Lunatic asylums Central Provinces reports 1895-1909 - 1895-1909
Year: 1895
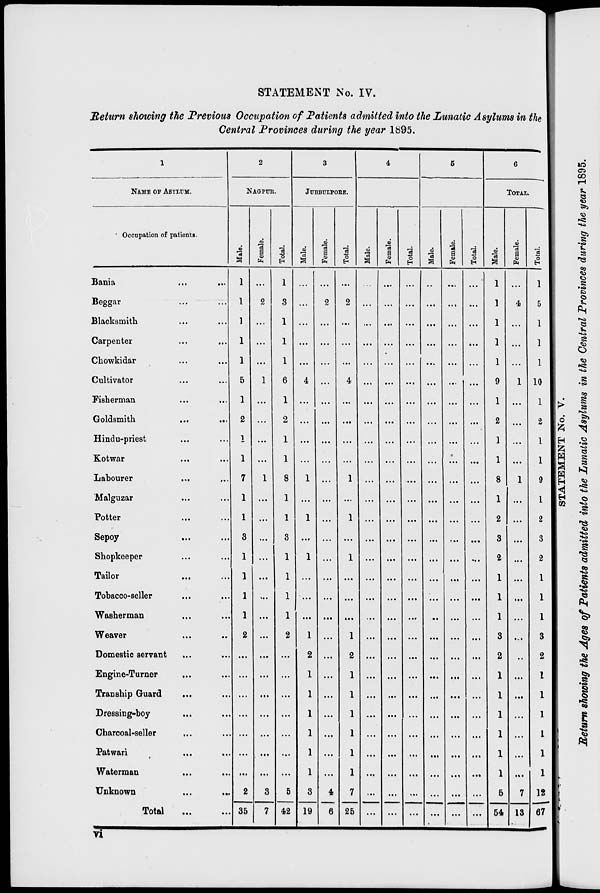
STATEMENT No. IV.
Return showing the Previous Occupation of Patients admitted into the Lunatic Asylums in the
Central Provinces during the year 1895.
1
NAME OF ASYLUM.
Occupation of patients.
Bania
...
...
Beggar ... ...
Blacksmith ... ...
Carpenter ... ...
Chowkidar ... ...
Cultivator ... ...
Fisherman ... ...
Goldsmith ... ...
Hindu-priest ... ...
Kotwar
...
...
Labourer ... ...
Malguzar ... ...
Potter ... ...
Sepoy
...
...
Shopkeeper ... ...
Tailor ... ...
Tobacco-seller ... ...
Washerman ... ...
Weaver ... ...
Domestic servant ... ...
Engine-Turner ... ...
Tranship Guard ... ...
Dressing-boy ... ...
Charcoal-seller ... ...
Patwari ... ...
Waterman ... ...
Unknown ... ...
Total ... ...
2
NAGPUR.
Male.
1
1
1
1
1
5
1
2
1
1
7
1
1
3
1
1
1
1
2
...
...
...
...
...
...
...
2
35
Female.
...
2
...
...
...
1
...
...
...
...
1
...
...
...
...
...
...
...
...
...
...
...
...
...
...
...
3
7
Total.
1
3
1
1
1
6
1
2
1
1
8
1
1
3
1
1
1
1
2
...
...
...
...
...
...
...
5
42
3
JUBBULPORE.
Male.
...
...
...
...
...
4
...
...
...
...
1
...
1
...
1
...
...
...
1
2
1
1
1
1
1
1
3
19
Female.
...
2
...
...
...
...
...
...
...
...
...
...
...
...
...
...
...
...
...
...
....
...
...
...
...
...
4
6
Total.
...
2
...
...
...
4
...
...
...
...
1
...
1
...
1
...
...
...
1
2
1
1
1
1
1
1
7
25
4
Male.
...
...
...
...
...
...
...
...
...
...
...
...
...
...
...
...
...
....
...
...
...
...
...
...
...
...
...
...
Female.
...
...
...
...
...
...
...
...
...
...
...
...
...
...
...
...
...
...
...
...
...
...
...
...
...
...
...
...
Total.
...
...
...
...
...
...
...
...
...
...
...
...
...
...
...
...
....
...
...
...
...
...
...
...
...
...
...
...
5
Male.
...
...
...
...
...
...
...
...
...
...
...
...
...
...
...
...
...
...
...
...
...
...
...
...
...
...
...
...
Female.
...
...
...
...
...
...
...
...
...
...
...
...
...
...
...
...
...
...
...
...
...
...
...
...
...
...
...
...
Total.
...
...
...
...
...
...
...
...
...
...
...
...
...
...
...
...
...
...
...
...
...
...
...
...
...
...
...
...
6
TOTAL.
Male.
1
1
1
1
1
9
1
2
1
1
8
1
2
3
2
1
1
1
3
2
1
1
1
1
1
1
5
54
Female.
...
4
...
...
...
1
...
...
...
...
1
...
...
...
...
...
...
...
...
...
...
...
...
...
...
...
7
13
Total.
1
5
1
1
1
10
1
2
1
1
9
1
2
3
2
1
1
1
3
2
1
1
1
1
1
1
12
67
vi